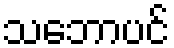
သဘောပင်